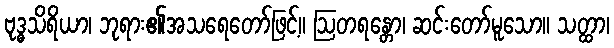
ဗုဒ္ဓသိရိယာ၊ ဘုရား၏အသရေတော်ဖြင့်။ ဩတရန္တော၊ ဆင်းတော်မူသော။ သတ္ထာ၊